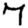
Digit: 7